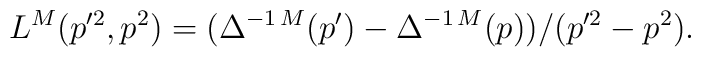
L^M(p'^2,p^2) = (\Delta^{-1\,M}(p')-\Delta^{-1\,M}(p))/(p'^2-p^2).